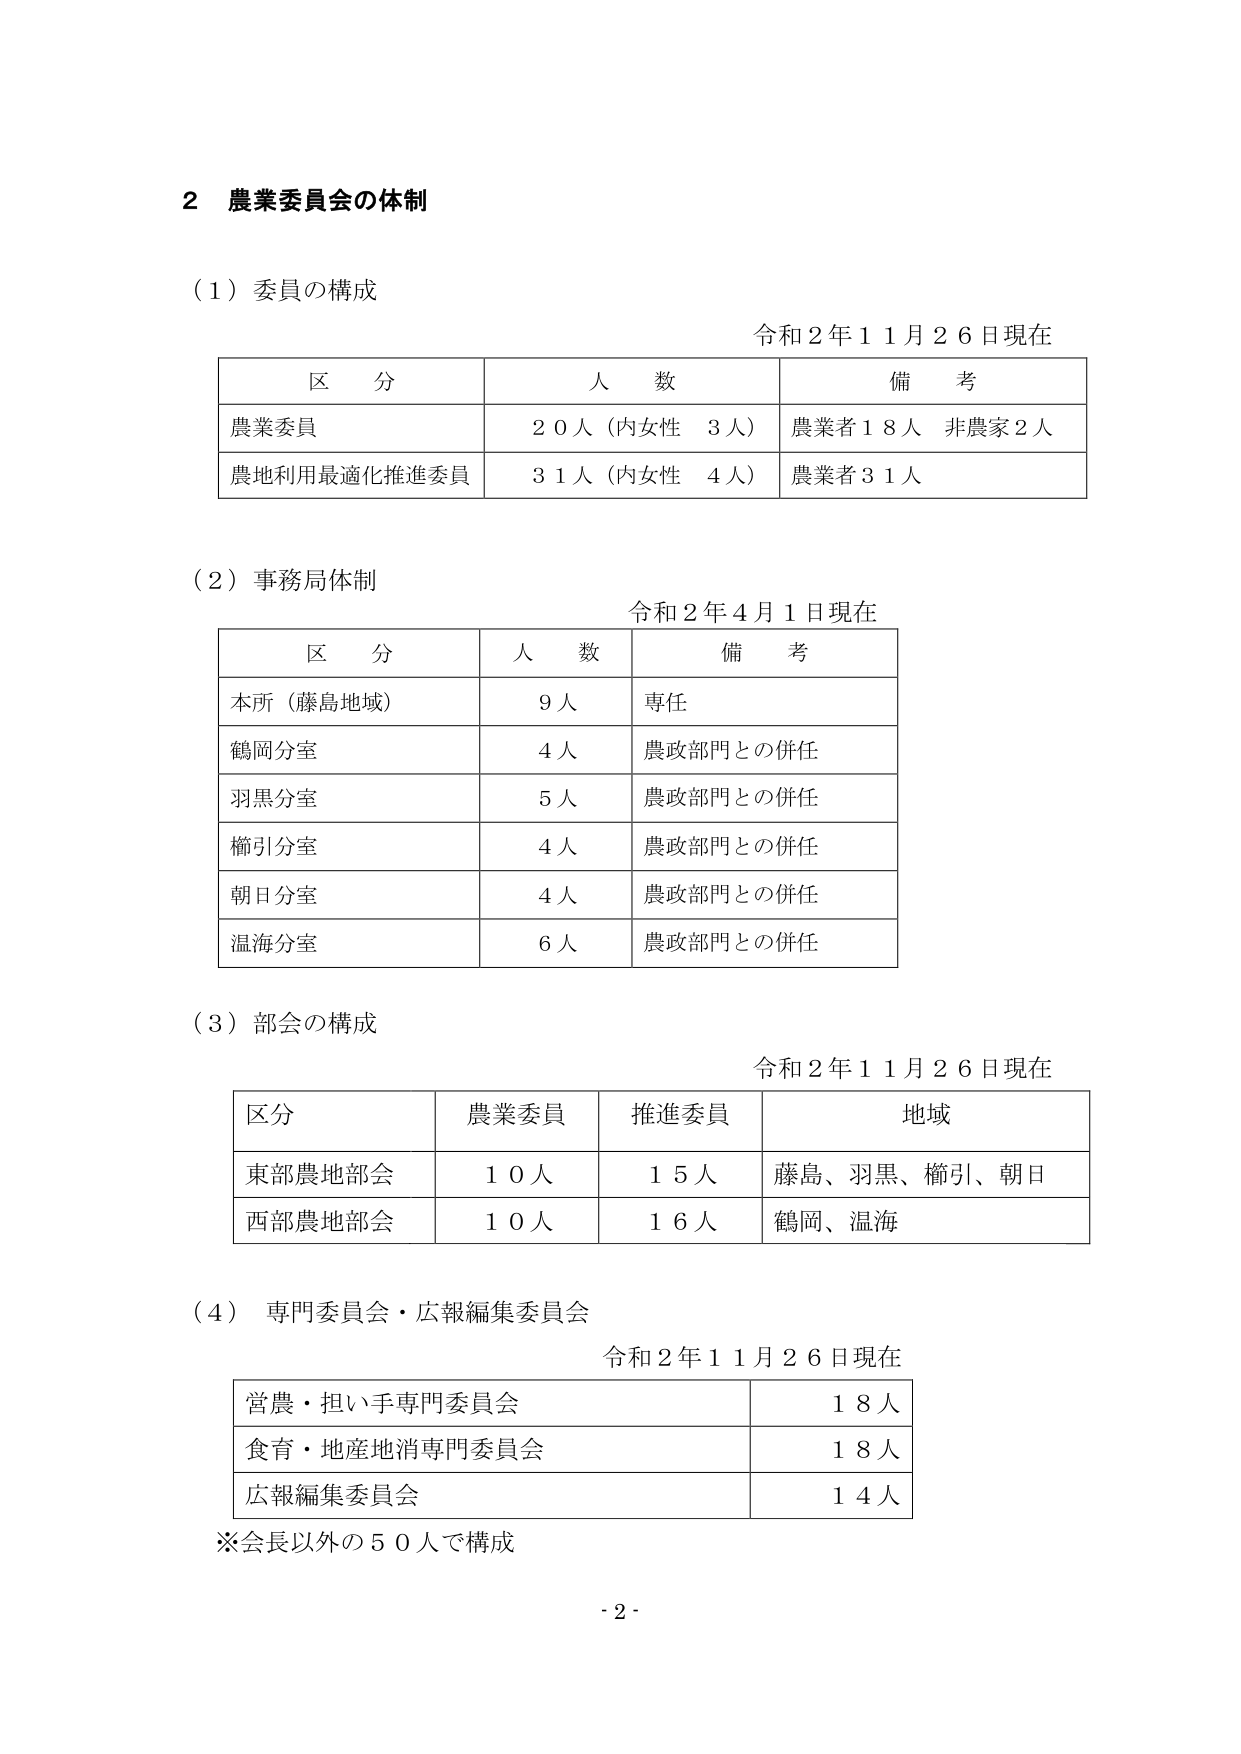
2 農業委員会の体制

（1）委員の構成

令和2年11月26日現在

区 分 人 数 備 考
農業委員 20人（内女性 3人） 農業者18人 非農家2人
農地利用最適化推進委員 31人（内女性 4人） 農業者31人

（2）事務局体制

令和2年4月1日現在

区 分 人 数 備 考
本所（藤島地域） 9人 専任
鶴岡分室 4人 農政部門との併任
羽黒分室 5人 農政部門との併任
櫛引分室 4人 農政部門との併任
朝日分室 4人 農政部門との併任
温海分室 6人 農政部門との併任

（3）部会の構成

令和2年11月26日現在

区分 農業委員 推進委員 地域
東部農地部会 10人 15人 藤島、羽黒、櫛引、朝日
西部農地部会 10人 16人 鶴岡、温海

（4）専門委員会・広報編集委員会

令和2年11月26日現在

営農・担い手専門委員会 18人
食育・地産地消専門委員会 18人
広報編集委員会 14人

※会長以外の50人で構成

- 2 -